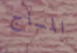
المساج